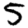
Digit: 5